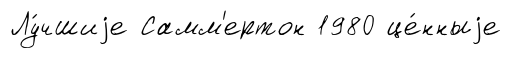
Лу́чшиjе Самм'ертон 1980 це́нныjе